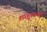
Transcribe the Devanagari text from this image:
शाहुसागर